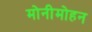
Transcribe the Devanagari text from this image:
मोनीमोहन